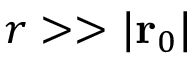
r > > \lvert { \bf r } _ { 0 } \rvert